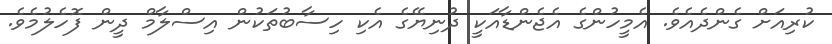
ކުރިއަށް ގެންދެއެވެ. އެމީހުންގެ އެޖެންޑާއަކީ ދުނިޔޭގެ އެކި ހިސާބުތަކުން އިސްލާމް ދީން ފޮހެލުމެވެ.